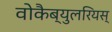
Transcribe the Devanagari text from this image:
वोकैब्युलरियस्